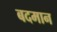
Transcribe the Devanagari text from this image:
बदमान